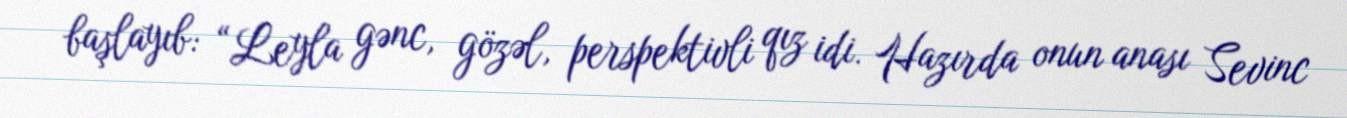
başlayıb: “Leyla gənc, gözəl, perspektivli qız idi. Hazırda onun anası Sevinc